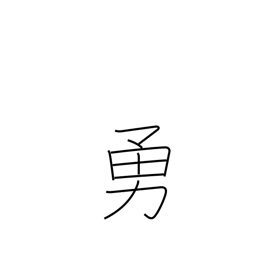
Meaning: be in high spirits